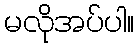
မလိုအပ်ပါ။